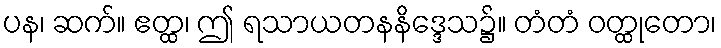
ပန၊ ဆက်။ ဧတ္ထ၊ ဤ ရသာယတနနိဒ္ဒေသ၌။ တံတံ ဝတ္ထုတော၊